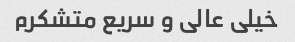
خیلی عالی و سریع متشکرم